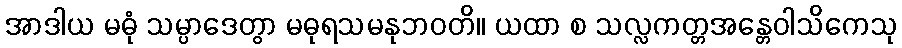
အာဒါယ မဓုံ သမ္ပာဒေတွာ မဓုရသမနုဘဝတိ။ ယထာ စ သလ္လကတ္တအန္တေဝါသိကေသု